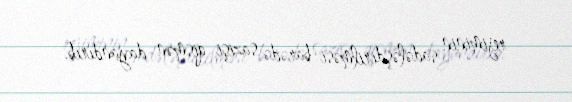
rejiminin sadələşdirilməsi barədə sazişi qismən dayandırıb.